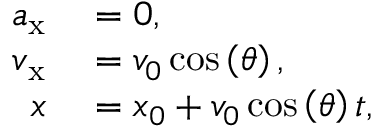
\begin{array} { r l } { a _ { \mathrm { x } } } & { { } = 0 , } \\ { v _ { \mathrm { x } } } & { { } = v _ { 0 } \cos \left( \theta \right) , } \\ { x } & { { } = x _ { 0 } + v _ { 0 } \cos \left( \theta \right) t , } \end{array}